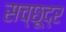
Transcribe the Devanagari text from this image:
सच्छूद्र